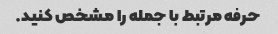
حرفه مرتبط با جمله را مشخص کنید.